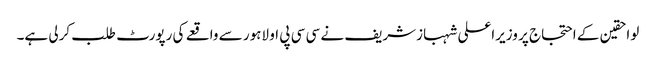
لواحقین کے احتجاج پر وزیراعلی شہبازشریف نے سی سی پی او لاہور سے واقعے کی رپورٹ طلب کرلی ہے۔